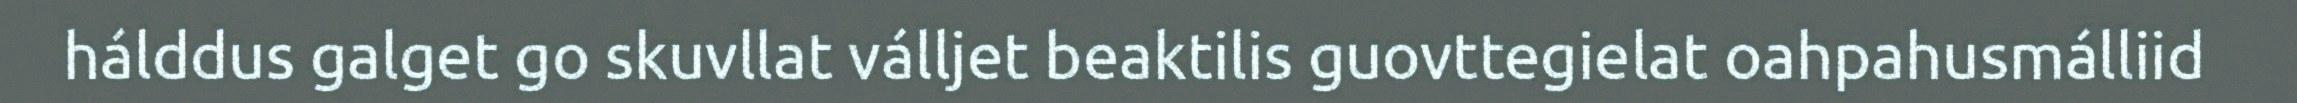
hálddus galget go skuvllat válljet beaktilis guovttegielat oahpahusmálliid